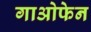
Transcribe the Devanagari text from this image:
गाओफेन